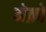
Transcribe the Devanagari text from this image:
मेक्रो